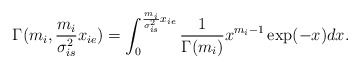
\begin{align*}\Gamma ({m_i},\frac{{{m_i}}}{{\sigma _{is}^2}}{x_{ie}}) = \int_0^{\frac{{{m_i}}}{{\sigma _{is}^2}}{x_{ie}}} {\frac{1}{{\Gamma ({m_i})}}{x^{{m_i} - 1}}\exp ( - x)dx}.\end{align*}